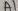
Text: A1